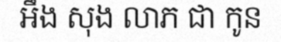
អឹង សុង លាភ ជា កូន